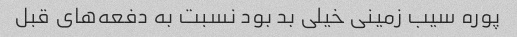
پوره سیب زمینی خیلی بد بود نسبت به دفعه‌های قبل